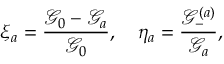
\xi _ { a } = \frac { \mathcal { G } _ { 0 } - \mathcal { G } _ { a } } { \mathcal { G } _ { 0 } } , \quad \eta _ { a } = \frac { \mathcal { G } _ { - } ^ { ( a ) } } { \mathcal { G } _ { a } } ,